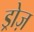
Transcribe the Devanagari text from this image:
ड्रोज़